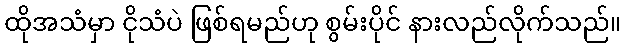
ထိုအသံမှာ ငိုသံပဲ ဖြစ်ရမည်ဟု စွမ်းပိုင် နားလည်လိုက်သည်။